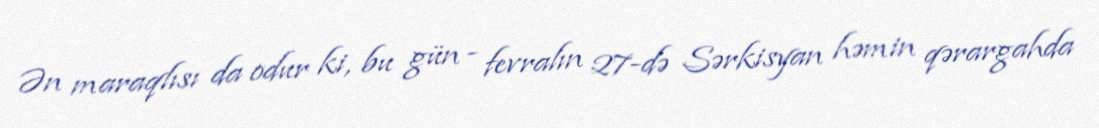
Ən maraqlısı da odur ki, bu gün - fevralın 27-də Sərkisyan həmin qərargahda